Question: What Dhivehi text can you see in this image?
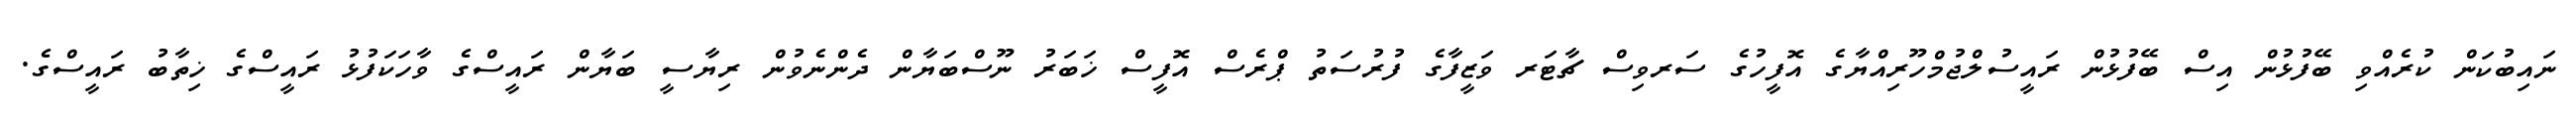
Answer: ނައިބުކަން ކުރެއްވި ބޭފުޅުން އިސް ބޭފުޅުން ރައީސުލްޖުމްހޫރިއްޔާގެ އޮފީހުގެ ސަރވިސް ޗާޓަރ ވަޒީފާގެ ފުރުސަތު ޕްރެސް އޮފީސް ޚަބަރު ނޫސްބަޔާން ދެންނެވުން ރިޔާސީ ބަޔާން ރައީސްގެ ވާހަކަފުޅު ރައީސްގެ ޚިތާބު ރައީސްގެ.